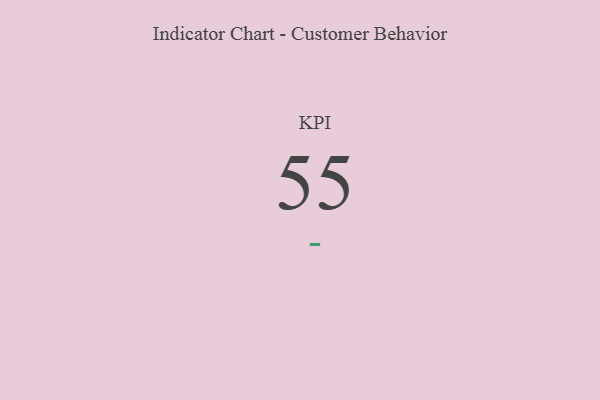
{"axis": {"x": "KPI", "y": "Value"}, "legend": [""], "data": [{"x": "KPI", "y": 55, "type": ""}]}